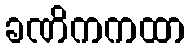
ခဏိကကထာ